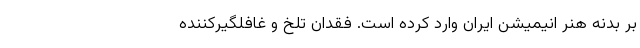
بر بدنه هنر انیمیشن ایران وارد کرده است. فقدان تلخ و غافلگیر‌کننده